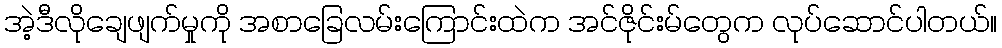
အဲ့ဒီလိုချေဖျက်မှုကို အစာခြေလမ်းကြောင်းထဲက အင်ဇိုင်းမ်တွေက လုပ်ဆောင်ပါတယ်။